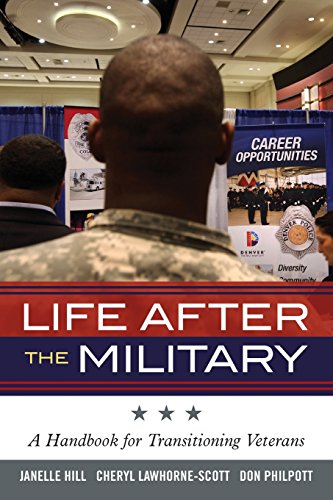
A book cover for Life After the Military: A Handbook for Transitioning Veterans (Military Life); Janelle B. Moore; Parenting & Relationships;